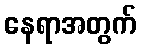
နေရာအတွက်